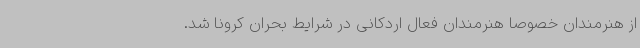
از هنرمندان خصوصاً هنرمندان فعال اردکانی در شرایط بحران کرونا شد.